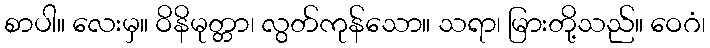
စာပါ။ လေးမှ။ ဝိနိမုတ္တာ၊ လွတ်ကုန်သော။ သရာ၊ မြားတို့သည်။ ဝေဂံ၊